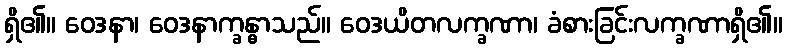
ရှိ၏။ ဝေဒနာ၊ ဝေဒနာက္ခန္ဓာသည်။ ဝေဒယိတလက္ခဏာ၊ ခံစားခြင်းလက္ခဏာရှိ၏။